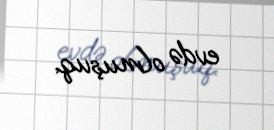
evdə olmuşuq.